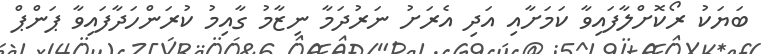
ބަޔަކު ރޯކޮށްލާފައިވާ ކަމަށާއި އަދި އެރަށު ނަރުދަމާ ނިޒާމު ގާއިމު ކުރަންހަދާފައިވާ ޕަންޕް